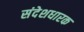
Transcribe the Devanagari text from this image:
संदेशधारक